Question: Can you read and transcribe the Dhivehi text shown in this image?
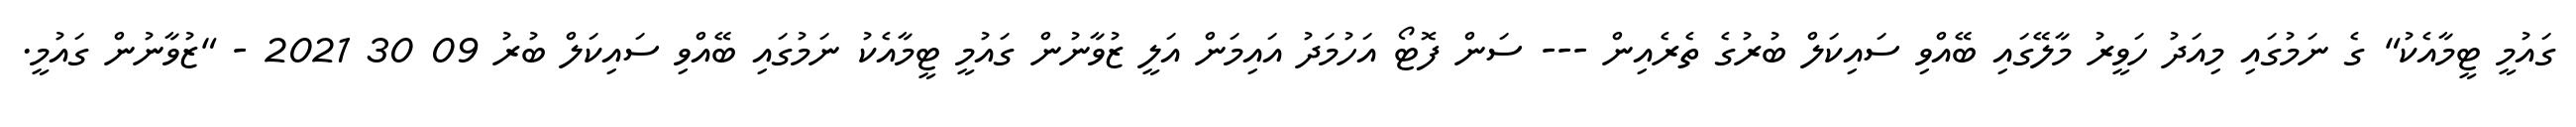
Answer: ގައުމީ ޓީމާއެކު" ގެ ނަމުގައި މިއަދު ހަވީރު މާލޭގައި ބޭއްވި ސައިކަލް ބުރުގެ ތެރެއިން --- ސަން ފޮޓޯ އަހުމަދު އައިމަން އަލީ ޒުވާނުން ގައުމީ ޓީމާއެކު ނަމުގައި ބޭއްވި ސައިކަލް ބުރު 09 30 2021 - "ޒުވާނުން ގައުމީ.